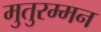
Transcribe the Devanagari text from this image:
मुतुरम्मन